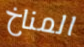
المناخ